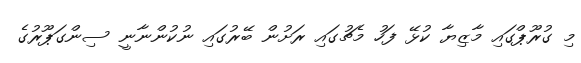
މި ގުރޫޕްގައި މާޒިޔާ ކުޅޭ ފަހު މެޗުގައި ރަށުން ބޭރުގައި ނުކުންނާނީ ސިންގަޕޫރުގެ